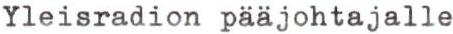
Yleisradion pääjohtajalle